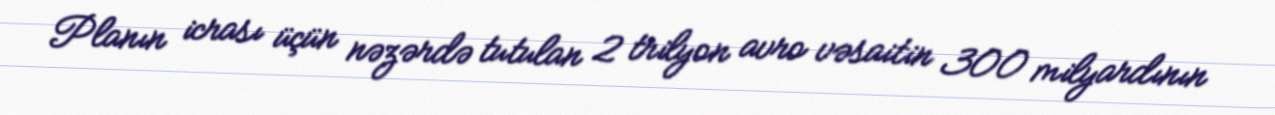
Planın icrası üçün nəzərdə tutulan 2 trilyon avro vəsaitin 300 milyardının